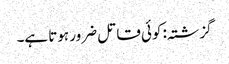
گزشتہ: کوئی قاتل ضرور ہوتا ہے۔